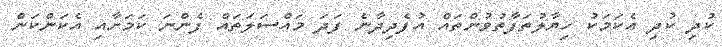
ކުދި ކުދި އެކަމަކު ހިޔާލުތަފާތުވުންތައް އުފެދިދާނެ ފަދަ މައްސަލަތައް ފެންނަ ކަމަށާއި އެކަންކަން